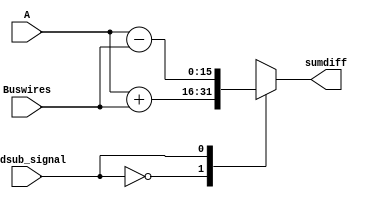
`timescale 1ns / 1ps
//////////////////////////////////////////////////////////////////////////////////
// Company: 
// Engineer: 
// 
// Design Name: 
// Module Name: addsub
// Project Name: 
// Target Devices: 
// Tool Versions: 
// Description: 
// 
// Dependencies: 
// 
// Revision:
// Revision 0.01 - File Created
// Additional Comments:
// 
//////////////////////////////////////////////////////////////////////////////////


module addsub(
    input [15:0] A, Buswires,
    input addsub_signal,
    output reg [15:0] sumdiff
    );

always@(A)
    case(addsub_signal)
        1'b0 : sumdiff <= A + Buswires;
        1'b1 : sumdiff <= A - Buswires;
    endcase

endmodule